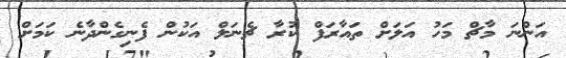
އަންްނަ މާޗް މަހު އަލަށް ތައާރަފް ކުރާ ޗެނަލް އަކުން ފެނިގެންދާނެ ކަމަށް